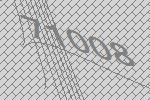
71008